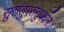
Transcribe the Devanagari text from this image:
सुतंतुस्तंतुवर्धनः।